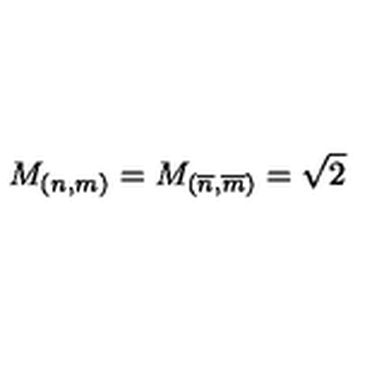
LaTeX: M _ { \left( n , m \right) } = M _ { \left( \overline { { n } } , \overline { { m } } \right) } = \sqrt { 2 }